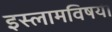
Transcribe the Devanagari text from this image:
इस्लामविषयी